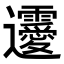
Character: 𨙤